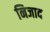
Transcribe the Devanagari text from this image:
निजाद